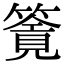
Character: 𥳸